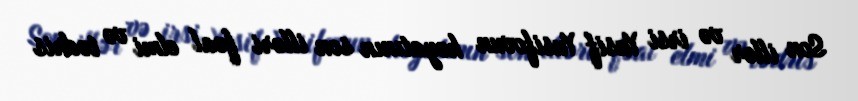
Son illər və irsi Yusif Yusifovun həyatının son illəri fəal elmi və tədris